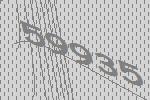
59935